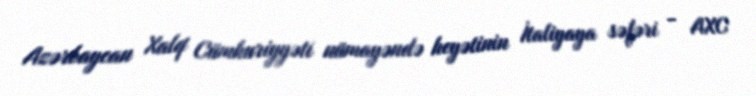
Azərbaycan Xalq Cümhuriyyəti nümayəndə heyətinin İtaliyaya səfəri - AXC